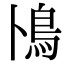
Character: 鳪